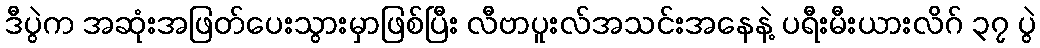
ဒီပွဲက အဆုံးအဖြတ်ပေးသွားမှာဖြစ်ပြီး လီဗာပူးလ်အသင်းအနေနဲ့ ပရီးမီးယားလိဂ် ၃၇ ပွဲ